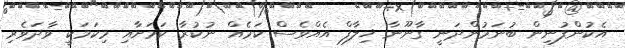
އެކުންފުނިން ބުނަމުންދަނީ ގާނޫނާ ޚިލާފް އެއްވެސް ކަމެއް ނުކުރާ ކަމަށާއި މިކަމަކީ ވާދަވެރި